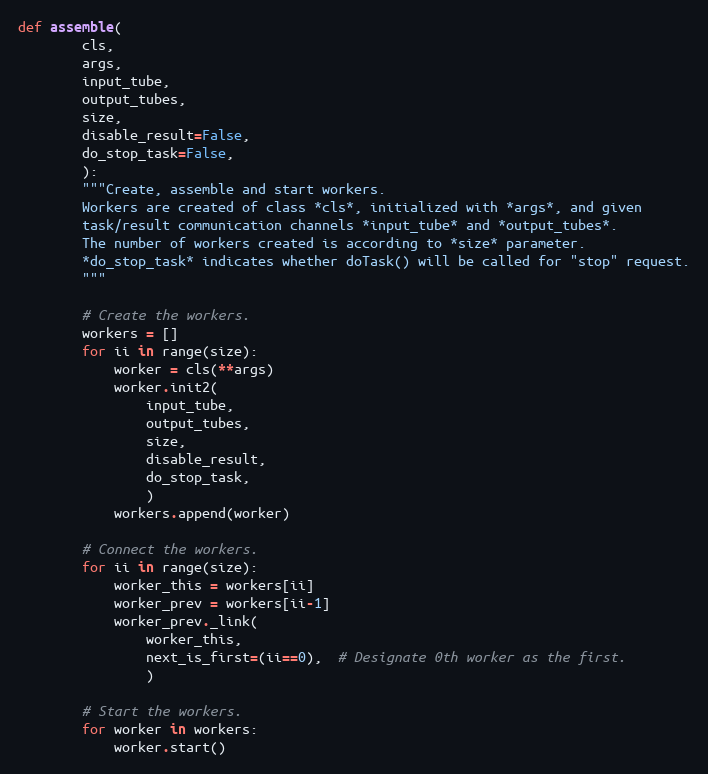
Language: Python
def assemble(
        cls,
        args,
        input_tube,
        output_tubes,
        size,
        disable_result=False,
        do_stop_task=False,
        ):
        """Create, assemble and start workers.
        Workers are created of class *cls*, initialized with *args*, and given
        task/result communication channels *input_tube* and *output_tubes*.
        The number of workers created is according to *size* parameter.
        *do_stop_task* indicates whether doTask() will be called for "stop" request.
        """

        # Create the workers.
        workers = []
        for ii in range(size):
            worker = cls(**args)
            worker.init2(
                input_tube,
                output_tubes,
                size,
                disable_result,
                do_stop_task,
                )
            workers.append(worker)

        # Connect the workers.
        for ii in range(size):
            worker_this = workers[ii]
            worker_prev = workers[ii-1]
            worker_prev._link(
                worker_this,
                next_is_first=(ii==0),  # Designate 0th worker as the first.
                )

        # Start the workers.
        for worker in workers:
            worker.start()